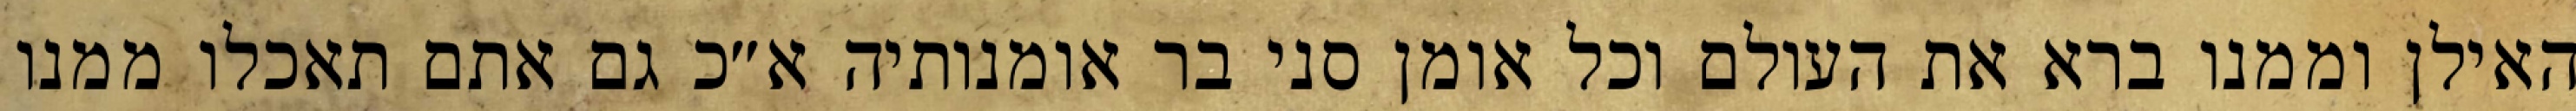
האילן וממנו ברא את העולם וכל אומן סני בר אומנותיה א״כ גם אתם תאכלו ממנו